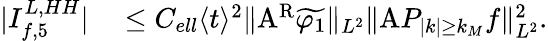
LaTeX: \begin{array}{rl}{|I_{f,5}^{L,HH}|}&{{}\leq C_{ell}\langle t\rangle^{2}\| \mathrm{A}^{\mathrm{R}}\widetilde{\varphi_{1}}\| _{L^{2}}\| \mathrm{A}P_{|k|\geq k_{M}}f\| _{L^{2}}^{2}.}\end{array}